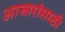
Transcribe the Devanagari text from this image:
अाजारांसाठी